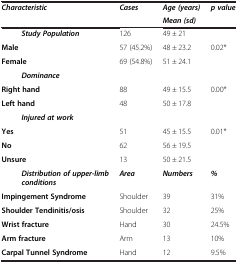
| <ROWSPAN=2> Characteristic | <ROWSPAN=2> Cases | Age (years) | <ROWSPAN=2> p value |
 | Mean (sd) |
 | --- | --- | --- | --- |
 | Study Population | 126 | 49 ± 21 |  |
 | Male | 57 (45.2%) | 48 ± 23.2 | 0.02* |
 | Female | 69 (54.8%) | 51 ± 24.1 |  |
 | Dominance |  |  |  |
 | Right hand | 88 | 49 ± 15.5 | 0.00* |
 | Left hand | 48 | 50 ± 17.8 |  |
 | Injured at work |  |  |  |
 | Yes | 51 | 45 ± 15.5 | 0.01* |
 | No | 62 | 56 ± 19.5 |  |
 | Unsure | 13 | 50 ± 21.5 |  |
 | Distribution of upper-limbconditions | Area | Numbers | % |
 | Impingement Syndrome | Shoulder | 39 | 31% |
 | Shoulder Tendinitis/osis | Shoulder | 32 | 25% |
 | Wrist fracture | Hand | 30 | 24.5% |
 | Arm fracture | Arm | 13 | 10% |
 | Carpal Tunnel Syndrome | Hand | 12 | 9.5% |